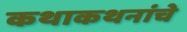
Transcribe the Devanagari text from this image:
कथाकथनांचे